Vabadussoja_Ajaloo_Komitee, lk 9
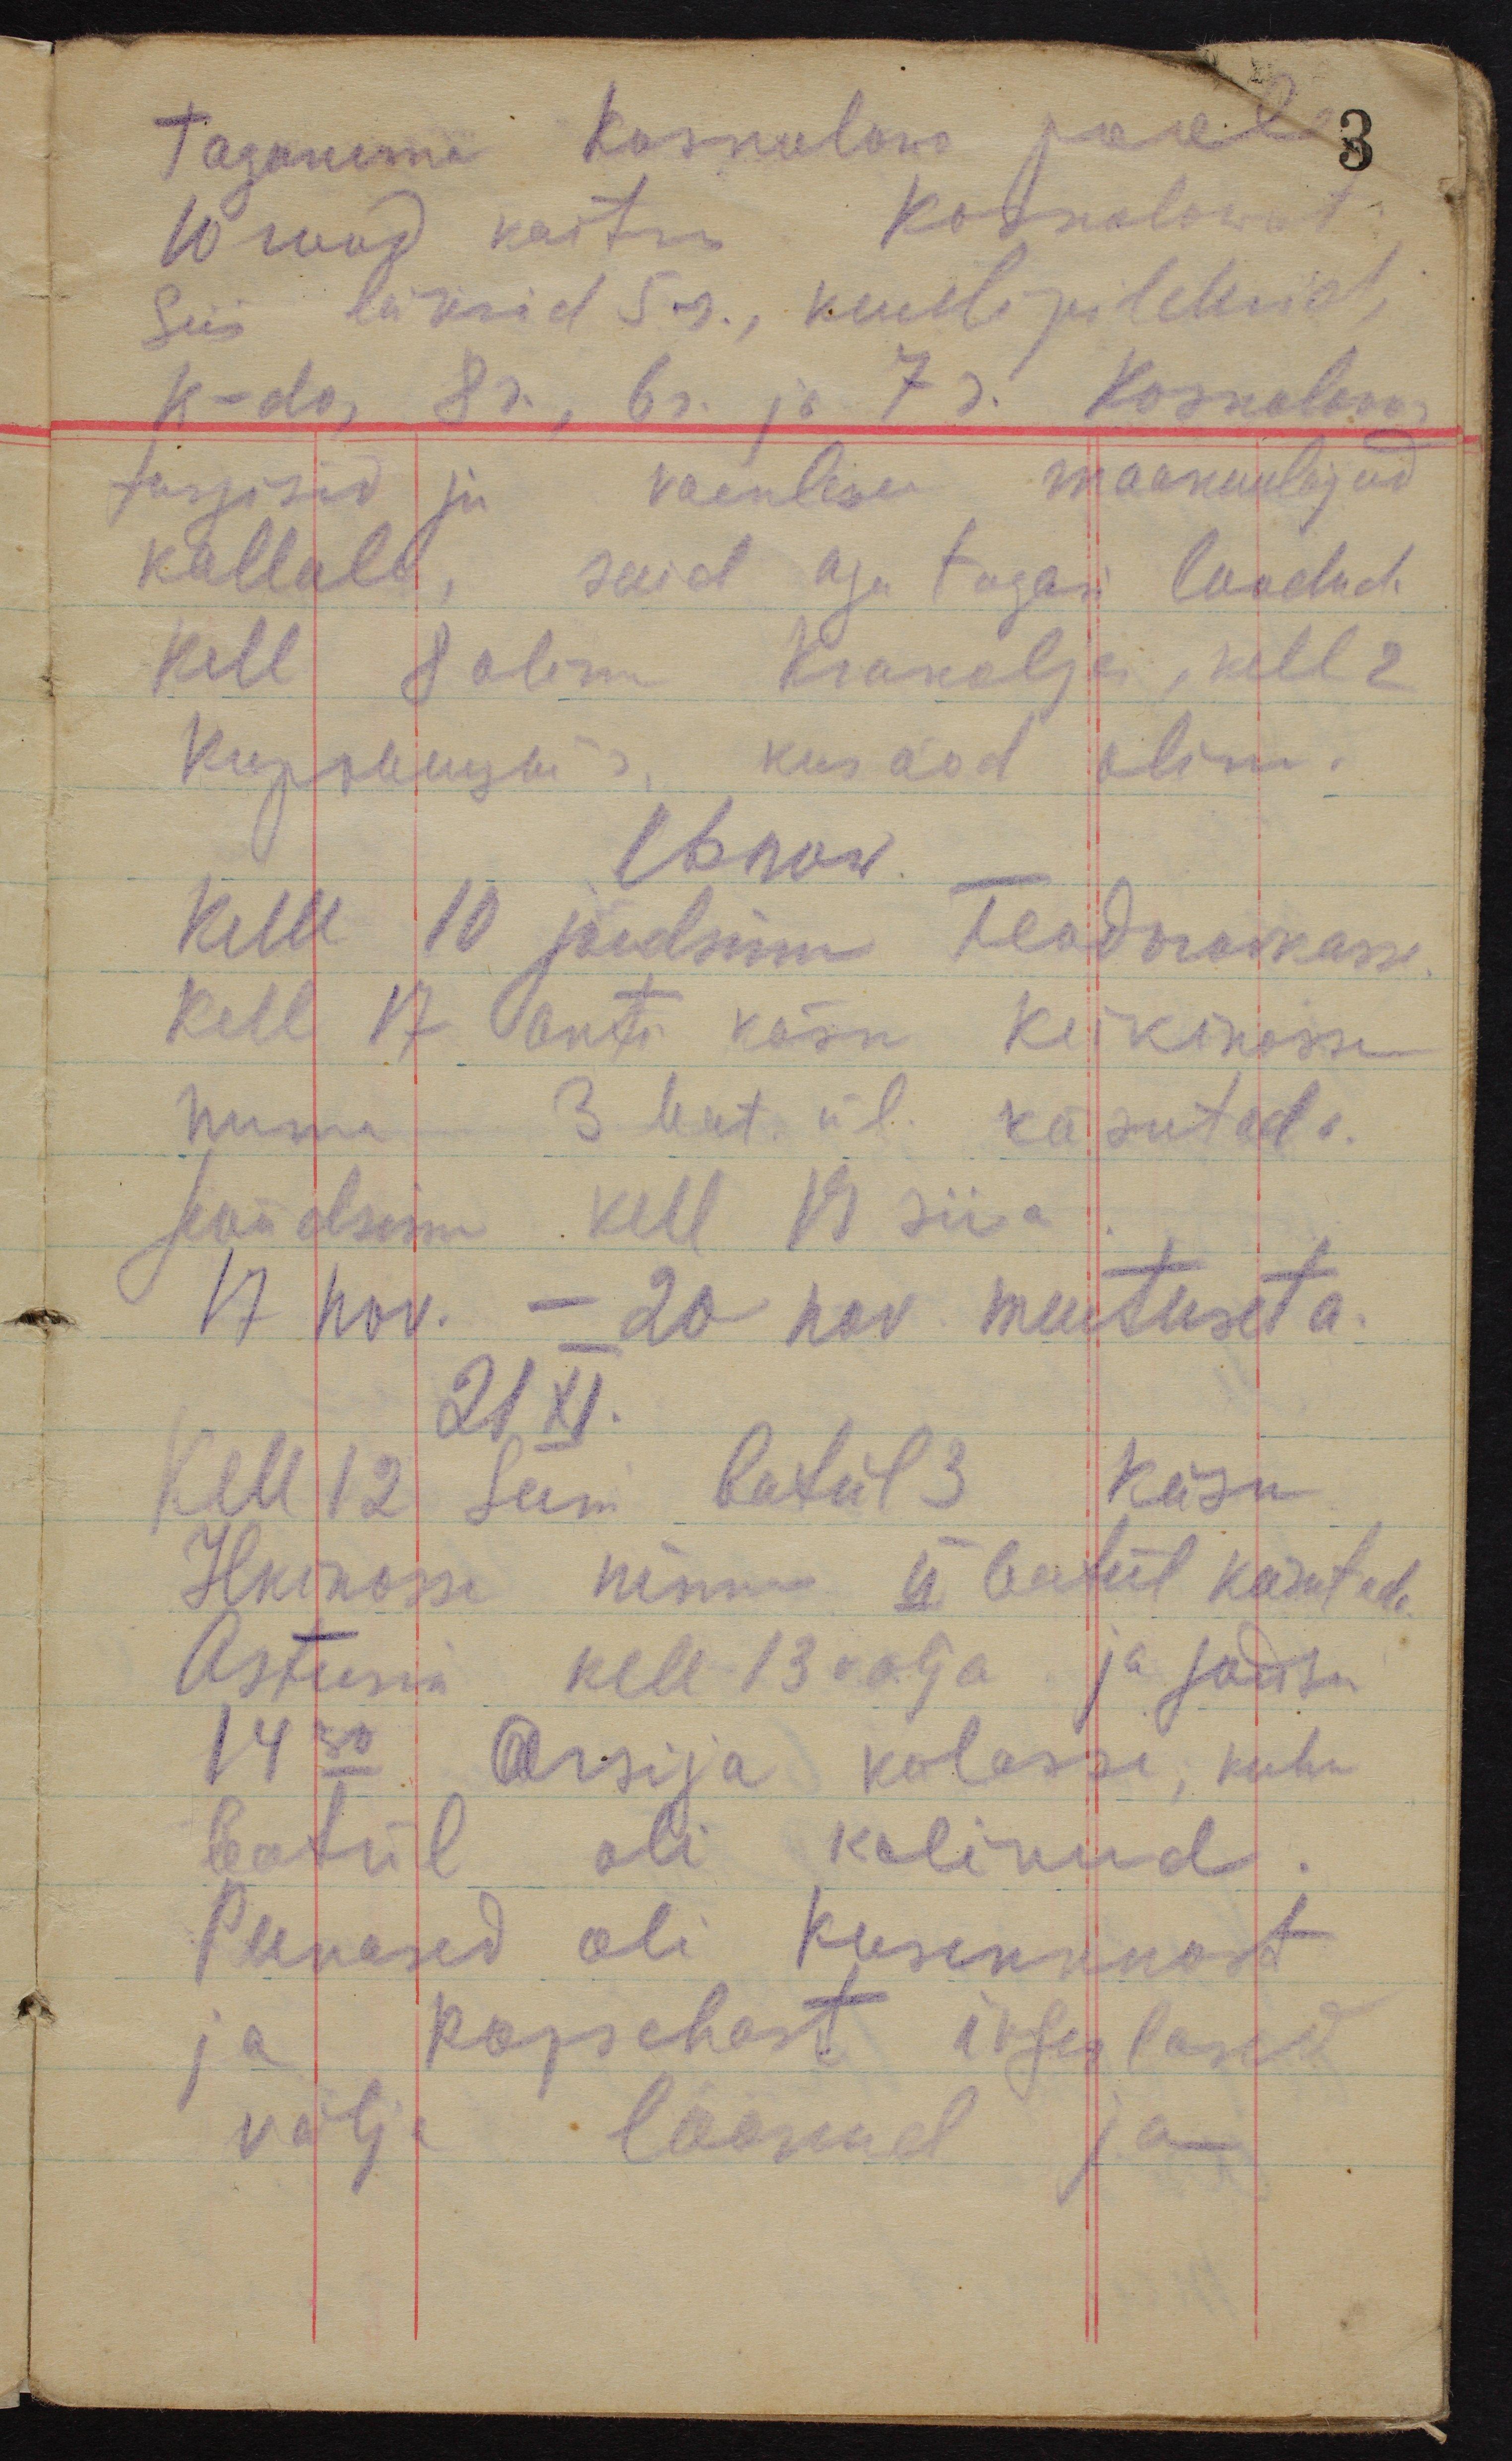
taganema Koskolovo poole
3
10 rood kaitses Koskolowot.
Siis läksid 5r., kuulipildurid,
k-do, 8r., 6r. ja 7r. Koskolovo
tungisid ju vaenlase maakuulajad
kallale, said aga tagasi loodud.
Kell 8 olime Krakoljes, kell 2
Куровицы´s, kus ööd olime.
16 now.
Kell 10 jõudsime Feodorovkasse.
Kell 17 anti käsk Keikinosse
minna 3 bat. ül. käsutada.
Jõudsime kell 19 siia.
17 nov. - 20nov muutuseta.
21 XI.
Kell 12 sain batül 3 käsu
Ilkinosse minna II batül käsutada
Astusin kell 13 välja ja jõudsin
14 30 Arsija külasse, kuhu
batül oli kolinud.
Punased oli Kusenknost
ja Ropschast ingerlased
välja löönud ja